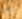
تلك